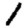
Digit: 1